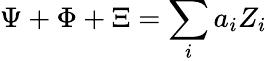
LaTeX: \Psi+\Phi+\Xi=\sum_{i}a_{i}Z_{i}